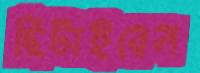
ছিটাইবেন